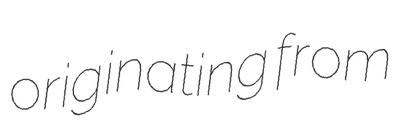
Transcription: originating from